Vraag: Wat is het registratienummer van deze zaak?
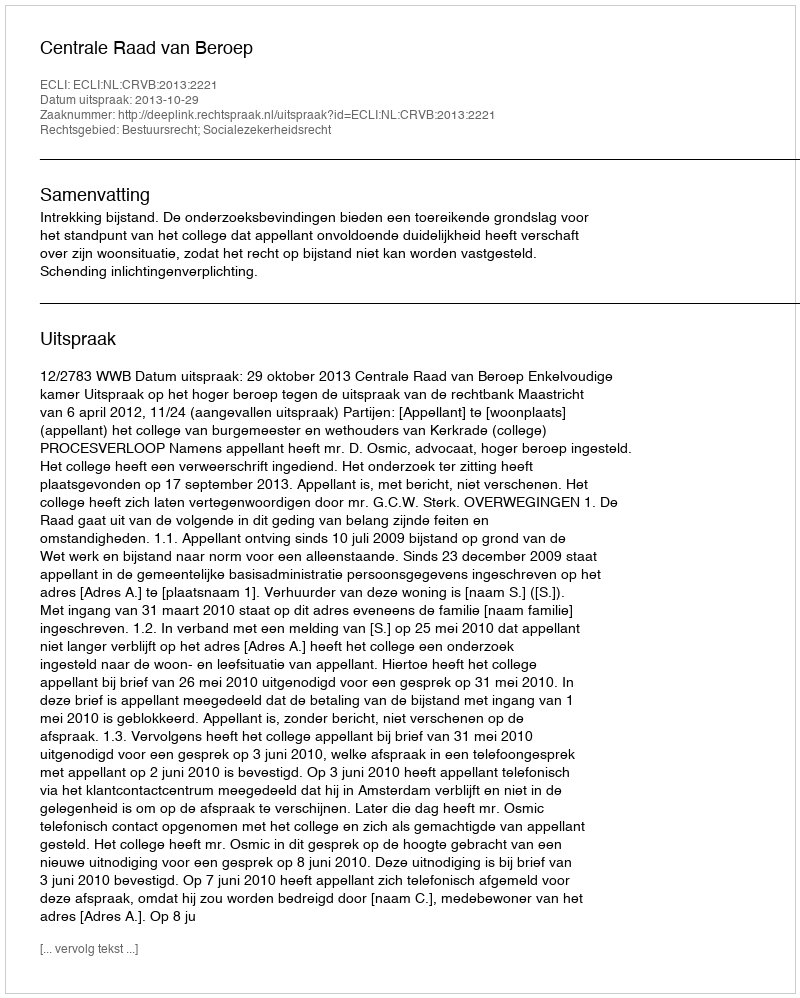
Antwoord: http://deeplink.rechtspraak.nl/uitspraak?id=ECLI:NL:CRVB:2013:2221